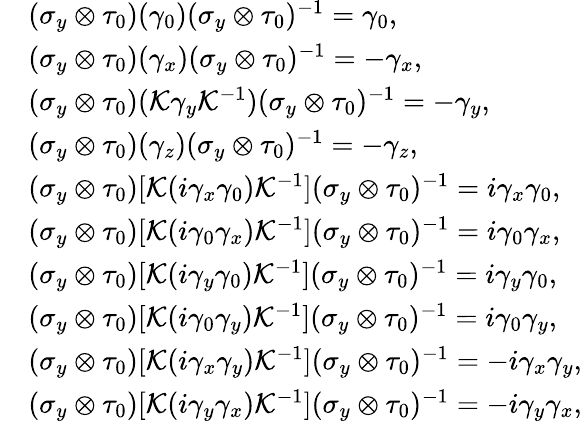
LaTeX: \begin{array}{rl}&{(\sigma_{y}\otimes\tau_{0})(\gamma_{0})(\sigma_{y}\otimes\tau_{0})^{-1}=\gamma_{0},}\\ &{(\sigma_{y}\otimes\tau_{0})(\gamma_{x})(\sigma_{y}\otimes\tau_{0})^{-1}=-\gamma_{x},}\\ &{(\sigma_{y}\otimes\tau_{0})({\cal K}\gamma_{y}{\cal K}^{-1})(\sigma_{y}\otimes\tau_{0})^{-1}=-\gamma_{y},}\\ &{(\sigma_{y}\otimes\tau_{0})(\gamma_{z})(\sigma_{y}\otimes\tau_{0})^{-1}=-\gamma_{z},}\\ &{(\sigma_{y}\otimes\tau_{0})[{\cal K}(i\gamma_{x}\gamma_{0}){\cal K}^{-1}](\sigma_{y}\otimes\tau_{0})^{-1}=i\gamma_{x}\gamma_{0},}\\ &{(\sigma_{y}\otimes\tau_{0})[{\cal K}(i\gamma_{0}\gamma_{x}){\cal K}^{-1}](\sigma_{y}\otimes\tau_{0})^{-1}=i\gamma_{0}\gamma_{x},}\\ &{(\sigma_{y}\otimes\tau_{0})[{\cal K}(i\gamma_{y}\gamma_{0}){\cal K}^{-1}](\sigma_{y}\otimes\tau_{0})^{-1}=i\gamma_{y}\gamma_{0},}\\ &{(\sigma_{y}\otimes\tau_{0})[{\cal K}(i\gamma_{0}\gamma_{y}){\cal K}^{-1}](\sigma_{y}\otimes\tau_{0})^{-1}=i\gamma_{0}\gamma_{y},}\\ &{(\sigma_{y}\otimes\tau_{0})[{\cal K}(i\gamma_{x}\gamma_{y}){\cal K}^{-1}](\sigma_{y}\otimes\tau_{0})^{-1}=-i\gamma_{x}\gamma_{y},}\\ &{(\sigma_{y}\otimes\tau_{0})[{\cal K}(i\gamma_{y}\gamma_{x}){\cal K}^{-1}](\sigma_{y}\otimes\tau_{0})^{-1}=-i\gamma_{y}\gamma_{x},}\end{array}